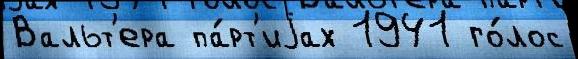
Вальт'ера па́рт'иjах 1941 го́лос